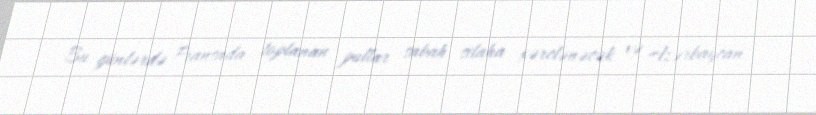
Bu günlərdə Fransada toplanan pullar sabah silaha xərclənəcək və Azərbaycan